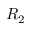
R _ { 2 }